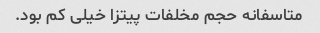
متاسفانه حجم مخلفات پیتزا خیلی کم بود.